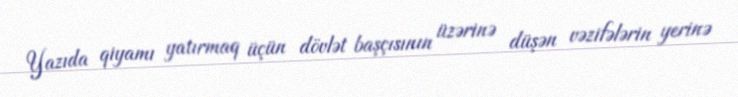
Yazıda qiyamı yatırmaq üçün dövlət başçısının üzərinə düşən vəzifələrin yerinə